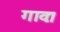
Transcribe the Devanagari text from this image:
गावः।